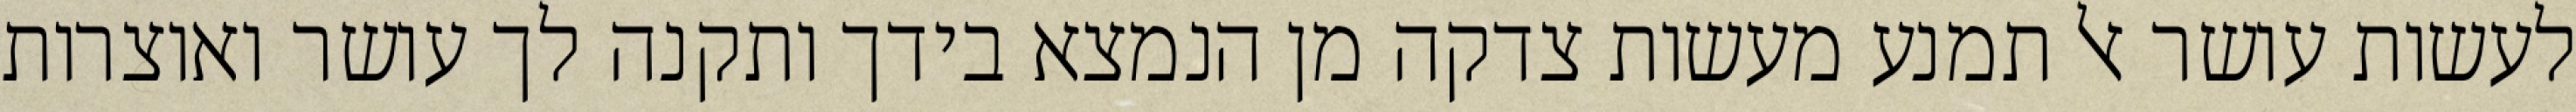
לעשות עושר אל תמנע מעשות צדקה מן הנמצא בידך ותקנה לך עושר ואוצרות